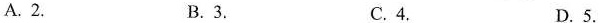
A. 2. B.3. C.4. D. 5.